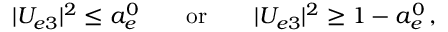
| U _ { e 3 } | ^ { 2 } \leq a _ { e } ^ { 0 } \qquad \mathrm { o r } \qquad | U _ { e 3 } | ^ { 2 } \geq 1 - a _ { e } ^ { 0 } \, ,